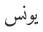
یونس